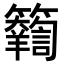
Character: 𥷴